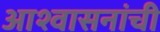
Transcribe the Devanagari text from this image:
आश्वासनांची